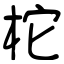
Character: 柁